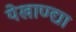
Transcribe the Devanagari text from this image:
येखाण्द्या